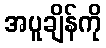
အပူချိန်ကို